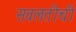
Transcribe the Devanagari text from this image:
सवलतीची